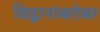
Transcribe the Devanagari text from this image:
विद्वानांबरोबर